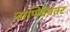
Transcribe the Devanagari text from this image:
जाणिवेनंतर